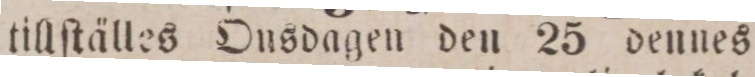
tillſtälles Ousdagen den 25 dennes